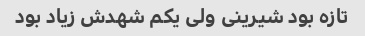
تازه بود شیرینی ولی یکم شهدش زیاد بود